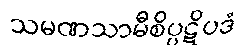
သမဏသာမီစိပ္ပဋိပဒံ